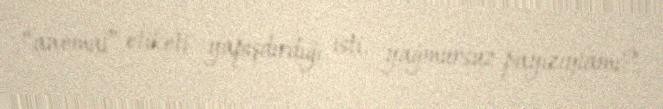
“anomal” etiketi yapışdırdığı isti, yağmursuz payızıylamı?.